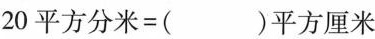
20平方分米=( )平方厘米